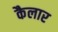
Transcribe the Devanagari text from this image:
कैलार